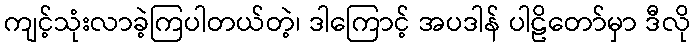
ကျင့်သုံးလာခဲ့ကြပါတယ်တဲ့၊ ဒါကြောင့် အပဒါန် ပါဠိတော်မှာ ဒီလို